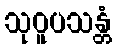
သုဝူပသန္တံ